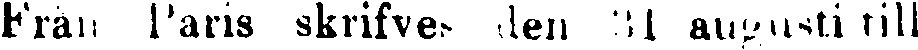
Från Paris skrifve den 31 augusti till